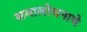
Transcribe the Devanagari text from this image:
समालोचनाचे